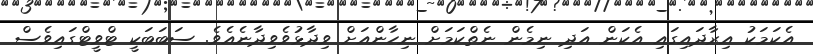
އެކަމަކު އިރާދައިގައި އެކަން އަދި ނިމެން ނެތްކަމަށް ނިހާންއަށް ވިދާޅުވެވިދާނެއެވެ. ސަބަބަކީ ޓްވީޓްގައިވެސް